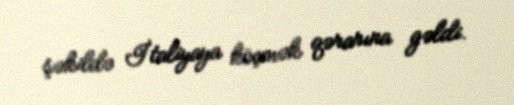
şəkildə İtaliyaya köçmək qərarına gəldi.